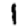
Digit: 1